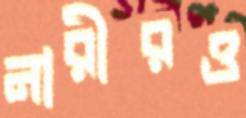
নারীরও